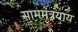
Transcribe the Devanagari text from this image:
साममंत्रयाय